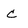
Character: c